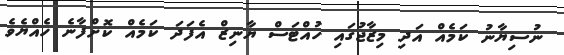
ނުސިޔާނު ކަމެއް އަދި މިޒާޖުގައި ހުއްޓަސް ޔާނިޒް އެފަދަ ކަމެއް ކޮށްފާނެ ހެއްޔެވެ